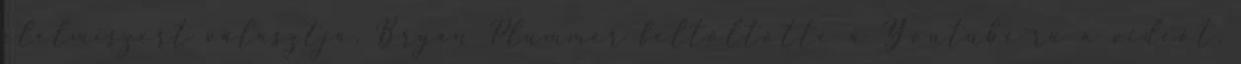
élelmiszert választja. Bryan Plummer feltöltötte a Youtube-ra a videót,